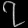
Digit: ၇